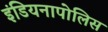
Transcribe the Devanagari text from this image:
इंडियनापोलिस